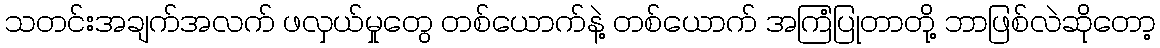
သတင်းအချက်အလက် ဖလှယ်မှုတွေ တစ်ယောက်နဲ့ တစ်ယောက် အကြံပြုတာတို့ ဘာဖြစ်လဲဆိုတော့